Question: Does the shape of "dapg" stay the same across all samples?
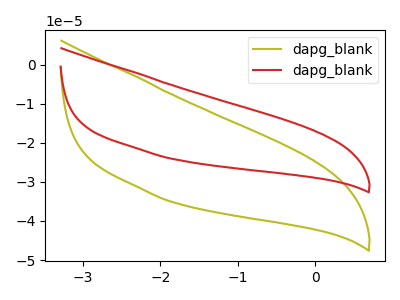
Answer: <think>The olive curve "dapg_blank1" has no peaks. The red curve "dapg_blank2" has no peaks.
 Neither "dapg_blank1" or "dapg_blank2" have any peaks.</think>
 <answer>All the CV's of "dapg" have similar shape.</answer>
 <eval>follow_rule</eval>